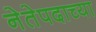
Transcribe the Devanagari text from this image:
नेतेपदाच्या